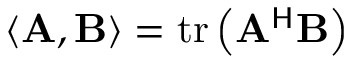
\langle \mathbf { A } , \mathbf { B } \rangle = \operatorname { t r } \left( \mathbf { A } ^ { \mathsf { H } } \mathbf { B } \right)